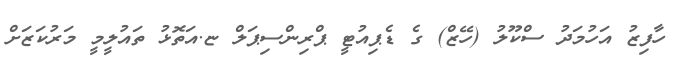
ހާފިޒު އަހުމަދު ސްކޫލު (ހޭޒް) ގެ ޑެޕިއުޓީ ޕްރިންސިޕަލް ޏ.އަތޮޅު ތައުލީމީ މަރުކަޒަށް